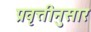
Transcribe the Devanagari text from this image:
प्रवृत्तीनुसार